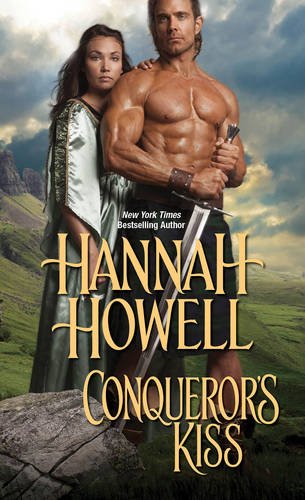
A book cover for Conqueror's Kiss; Hannah Howell; Romance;